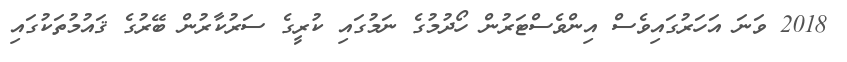
2018 ވަނަ އަހަރުގައިވެސް އިންވެސްޓަރުން ހޯދުމުގެ ނަމުގައި ކުރީގެ ސަރުކާރުން ބޭރުގެ ޤައުމުތަކުގައި